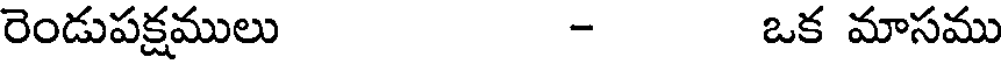
రెండుపక్షములు - ఒక మాసము